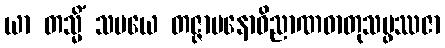
ယာ တသ္မိံ သမယေ တဇ္ဇာမနောဝိညာဏဓာတုသမ္ဖဿဇာ